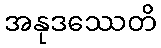
အနုဒဿေတိ